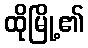
ထိုမြို့၏